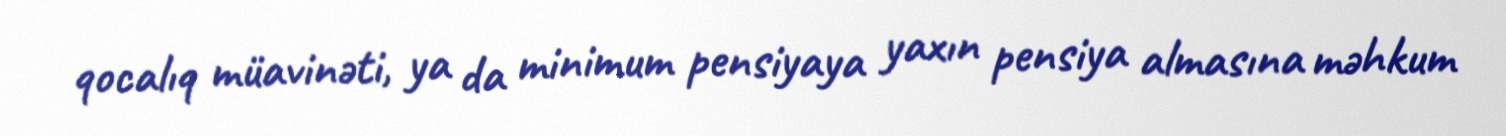
qocalıq müavinəti, ya da minimum pensiyaya yaxın pensiya almasına məhkum